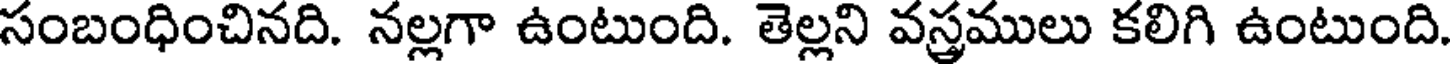
సంబంధించినది. నల్లగా ఉంటుంది. తెల్లని వస్త్రములు కలిగి ఉంటుంది.